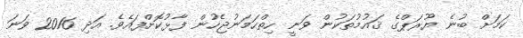
ކަމަށް ބުނެ ޔޫރަޕްގެ ޤައުމުތަކުން ވަނީ ހިތްހަމަނުޖެހުން ފާޅުކޮށްފައެވެ. އަދި 2016 ވަނަ